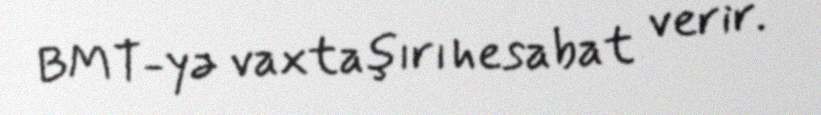
BMT-yə vaxtaşırı hesabat verir.